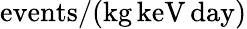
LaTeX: \mathrm{events}/(\mathrm{kg}\, \mathrm{keV}\, \mathrm{day})